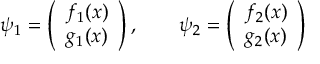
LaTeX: \psi _ { 1 } = \left( \begin{array} { c } { { f _ { 1 } ( x ) } } \\ { { g _ { 1 } ( x ) } } \end{array} \right) , \qquad \psi _ { 2 } = \left( \begin{array} { c } { { f _ { 2 } ( x ) } } \\ { { g _ { 2 } ( x ) } } \end{array} \right)